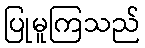
ပြုမူကြသည်